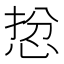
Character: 𢚅